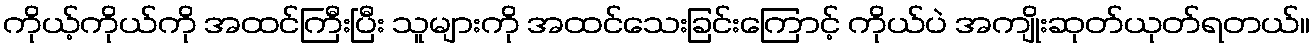
ကိုယ့်ကိုယ်ကို အထင်ကြီးပြီး သူများကို အထင်သေးခြင်းကြောင့် ကိုယ်ပဲ အကျိုးဆုတ်ယုတ်ရတယ်။